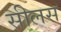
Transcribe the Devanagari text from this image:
सीलस